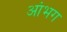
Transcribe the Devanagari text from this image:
आंभग